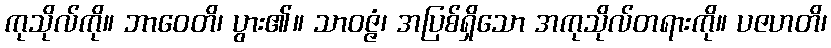
ကုသိုလ်ကို။ ဘာဝေတိ၊ ပွား၏။ သာဝဇ္ဇံ၊ အပြစ်ရှိသော အကုသိုလ်တရားကို။ ပဇဟတိ၊